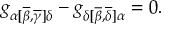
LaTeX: g _ { \alpha [ \overline { { { \beta } } } , \overline { { { \gamma } } } ] \delta } - g _ { \delta [ \overline { { { \beta } } } , \overline { { { \delta } } } ] \alpha } = 0 .